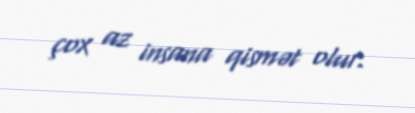
çox az insana qismət olur.